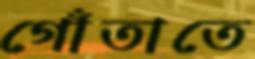
গোঁতাতে